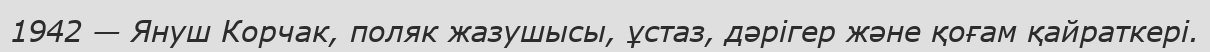
1942 — Януш Корчак, поляк жазушысы, ұстаз, дәрігер және қоғам қайраткері.